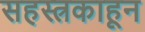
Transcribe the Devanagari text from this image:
सहस्त्रकाहून